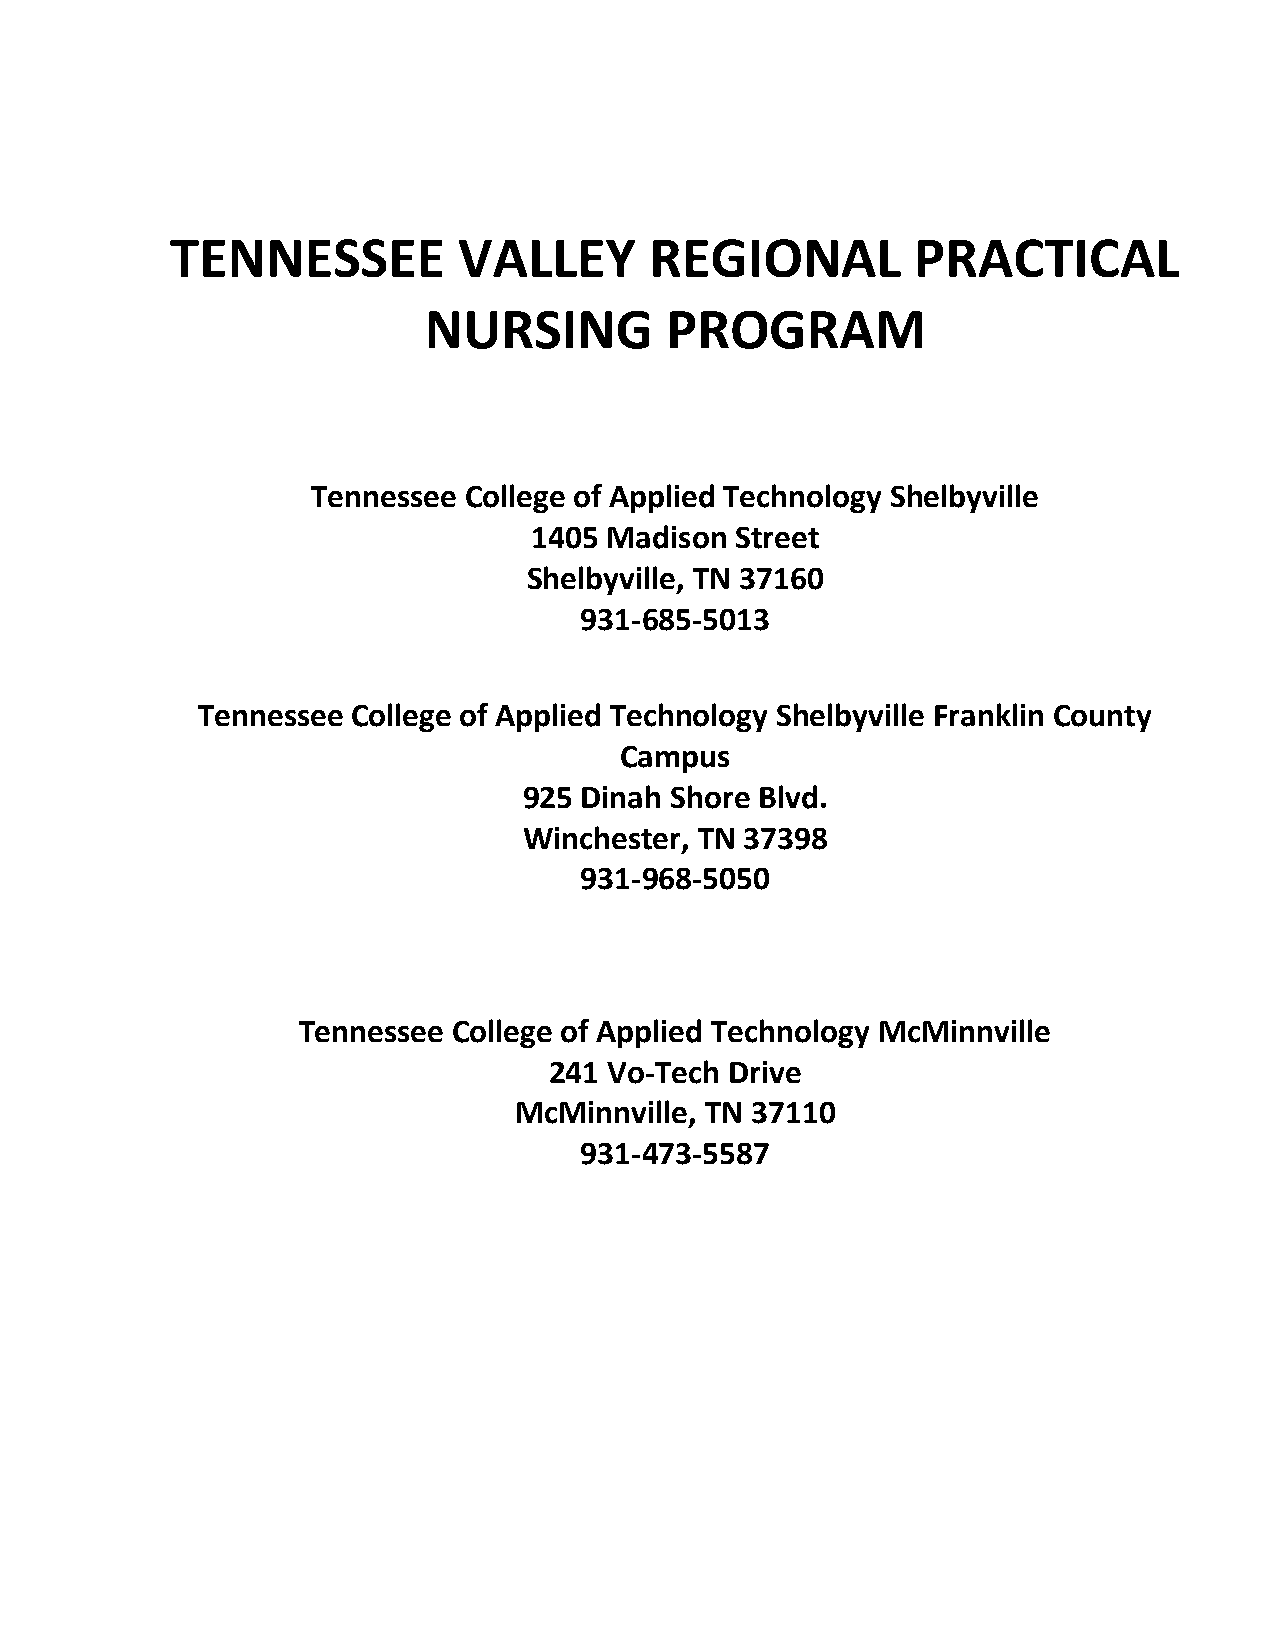
TENNESSEE          VALLEY       REGIONAL          PRACTICAL
 NURSING         PROGRAM
 Tennessee College of Applied Technology Shelbyville
 1405 Madison  Street
 Shelbyville, TN 37160
 931-685-5013
 Tennessee College of Applied Technology Shelbyville Franklin County
 Campus
 925 Dinah Shore Blvd.
 Winchester, TN 37398
 931-968-5050
 Tennessee College of Applied Technology McMinnville
 241 Vo-Tech Drive
 McMinnville, TN 37110
 931-473-5587